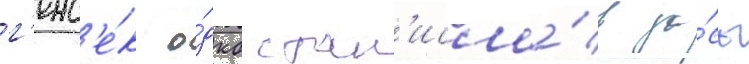
г'енс'е́к о́дкб стан'исла́в за́сь